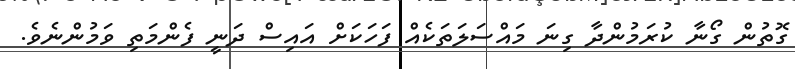
ގޮތުން ގޯނާ ކުރަމުންދާ ގިނަ މައްސަލަތަކެއް ފަހަކަށް އައިސް ދަނީ ފެންމަތި ވަމުންނެވެ.